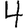
Digit: 4